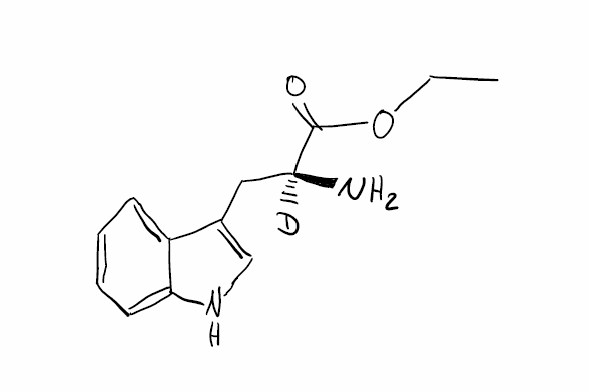
Simplified molecular-input line-entry system (SMILES) notation of the given molecule:
[2H][C@](CC1=CNC2=CC=CC=C21)(C(=O)OCC)N